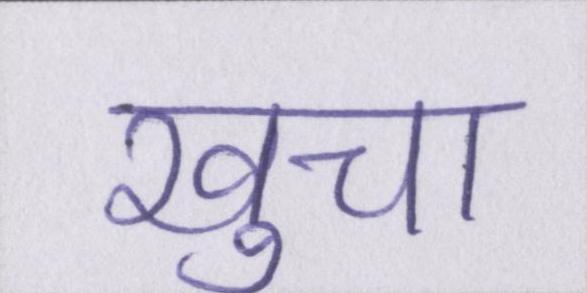
खुचा